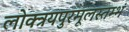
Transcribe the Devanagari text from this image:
लोक्त्रयपुरमूलस्तम्भं